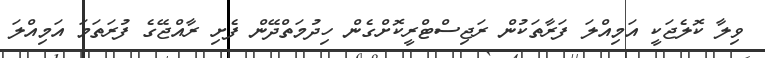
ވިލާ ކޮލެޖަކީ އަމިއްލަ ފަރާތަކުން ރަޖިސްޓްރީކޮށްގެން ހިދުމަތްދޭން ފެށި ރާއްޖޭގެ ފުރަތަމަ އަމިއްލަ